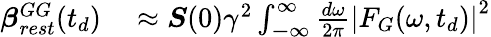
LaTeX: \begin{array}{rl}{\boldsymbol{\beta}_{rest}^{GG}(t_{d})}&{{}\approx\boldsymbol{S}(0)\gamma^{2}\int_{\mathbb{-\infty}}^{\infty}\frac{d\omega}{2\pi}\left|F_{G}(\omega,t_{d})\right|^{2}}\end{array}